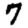
Digit: 7